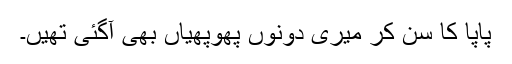
پاپا کا سن کر میری دونوں پھوپھیاں بھی آگئی تھیں۔